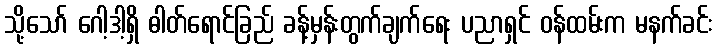
သို့သော် ဂေါ့ဒါ့ရှိ ဓါတ်ရောင်ခြည် ခန့်မှန်းတွက်ချက်ရေး ပညာရှင် ဝန်ထမ်းက မနက်ခင်း